Civil Veterinary Department. United Provinces 1912-22 - 1912-1922
Year: 1912
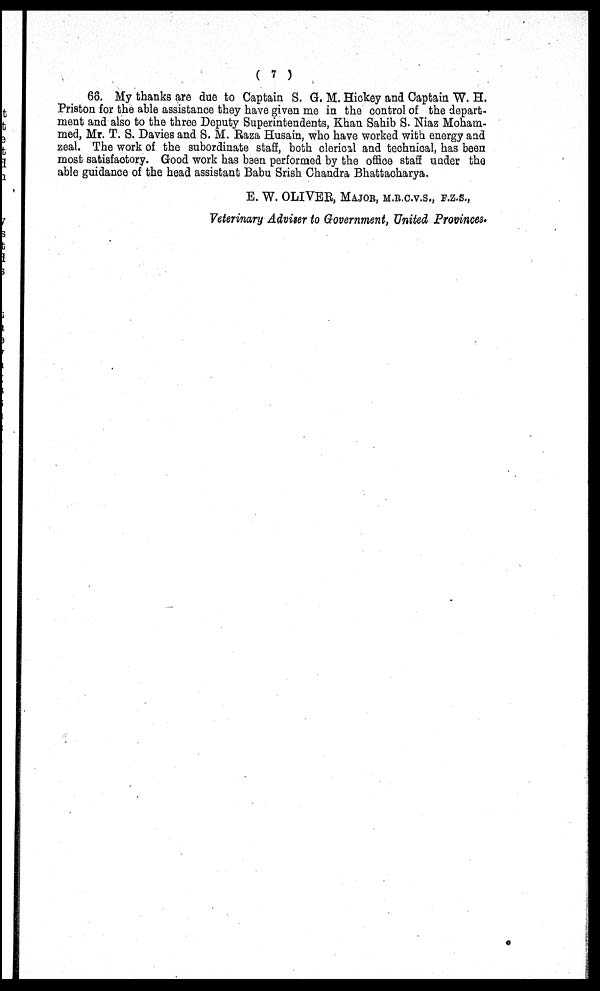
( 7 )
66. My thanks are due to Captain S. G. M. Hickey and Captain W. H.
Priston for the able assistance they have given me in the control of the depart-
ment and also to the three Deputy Superintendents, Khan Sahib S. Niaz Moham-
med, Mr. T. S. Davies and S. M. Raza Husain, who have worked with energy and
zeal. The work of the subordinate staff, both clerical and technical, has been
most satisfactory. Good work has been performed by the office staff under the
able guidance of the head assistant Babu Srish Chandra Bhattacharya.
E. W. OLIVER, MAJOR, M.R.C.V.S., F.Z.S.,
Veterinary Adviser to Government, United Provinces.